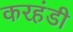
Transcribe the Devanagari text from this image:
करहंडी